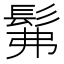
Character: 髴